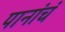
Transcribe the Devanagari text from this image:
पानांचं